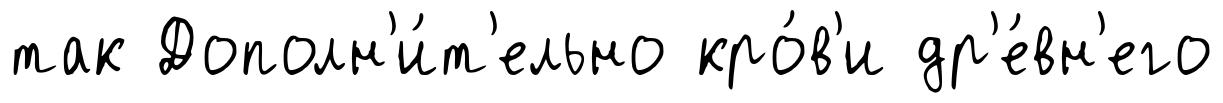
так Дополн'и́т'ельно кро́в'и др'е́вн'его